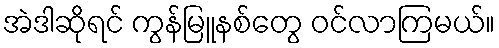
အဲဒါဆိုရင် ကွန်မြူနစ်တွေ ဝင်လာကြမယ်။